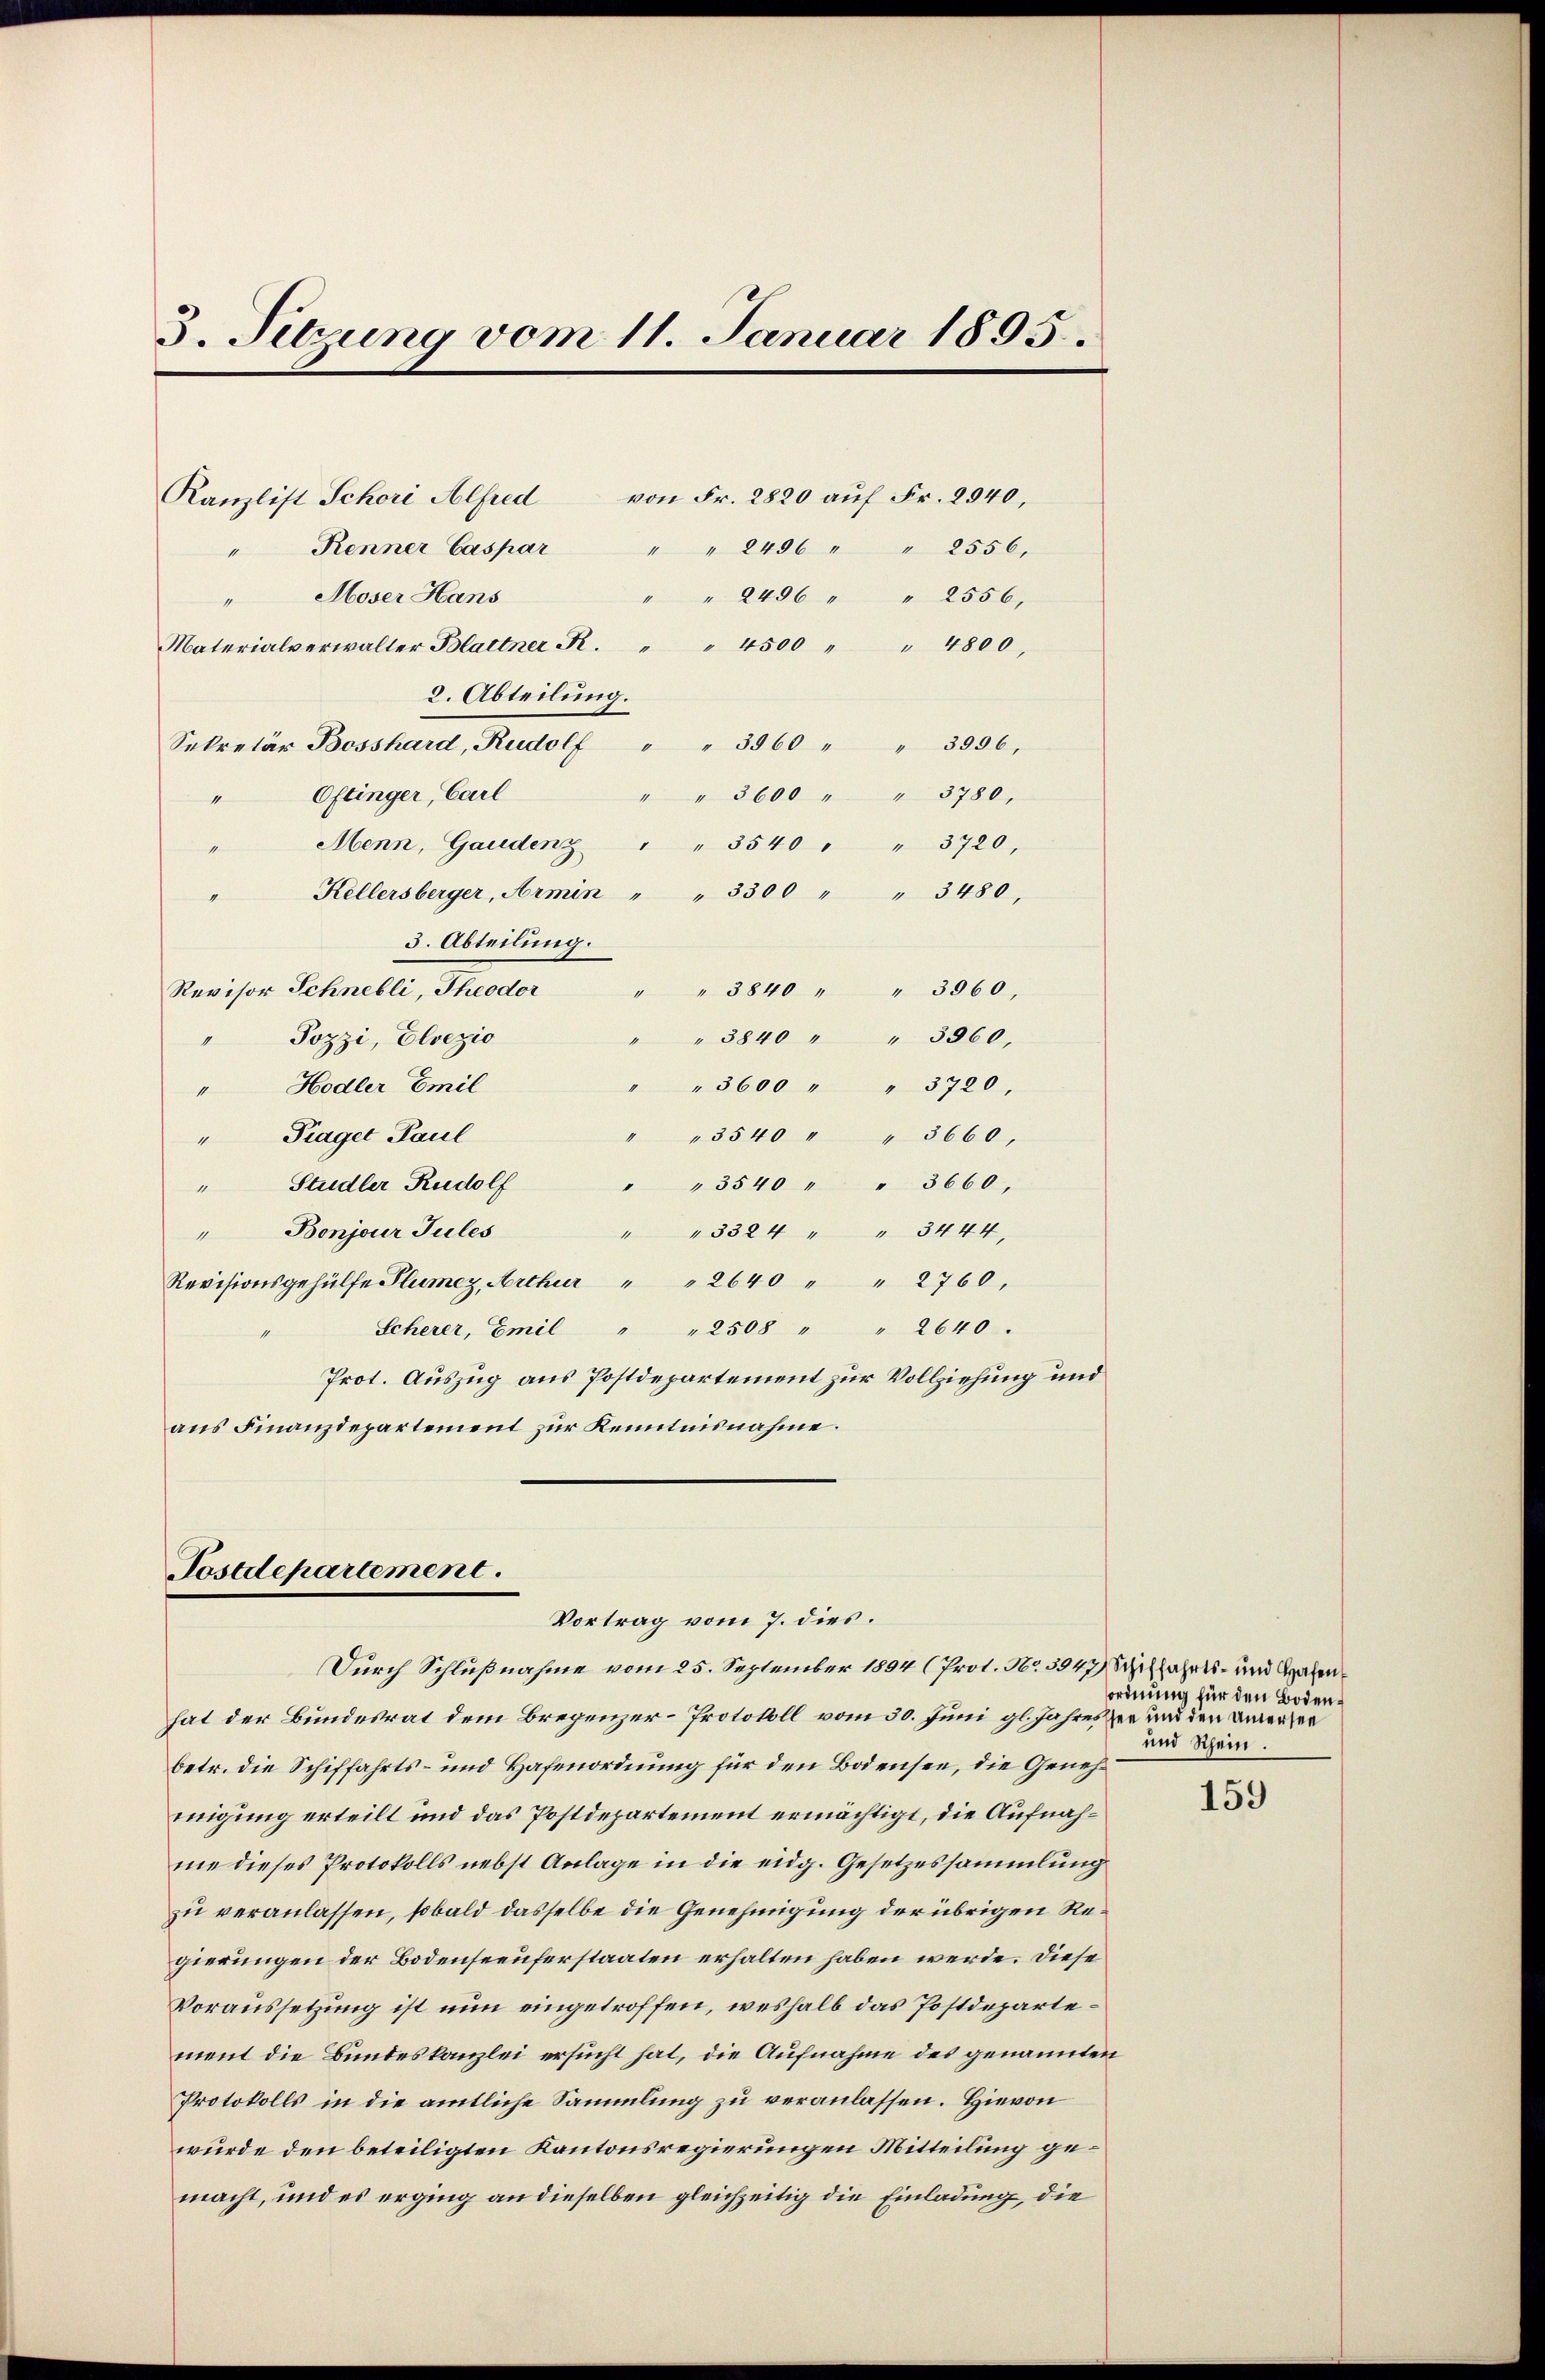
3. Sitzung vom 11. Januar 1895.

Kanzlist Schori Alfred
Renner Caspar
11
Moser Hans
4

Materialverwalter Blattner R. " " 4500 " " 4800,
2. Abteilung.
Sekretär Bosshard, Rudolf " " 3000 " " 3956,
Oftinger, Carl
4
Menn, Gaudenz " " 3540 " " 3720,
10.
Kellersberger, Armin " " 3300 " " 3480,
3. Abteilung.
Revisor Schnelli, Theodor " " 3840 " " 3960.
Pozzi, Elsezio
1
Hodler Emil
11
" Traget Paul
" Studler Rudolf
Bonjour Jules
wieferen
Revisionsgehülfe Plumer, Arthur " " 2640 " " 2760,
Scherer, Emil " " 2508 " " 2640.
Prot. Auszug aus Postdepartement zur Vollziehung und
aus Finanzdepartement zur Kenntnisnahme.

von Fr. 2820 auf Fr. 2940,

Postdepartement.
Vortrag vom 7. dies.

" " 2496 " " 2556.
" " 2496 " " 2556,
" " 3600 " " 3780,
" 3840 " " 3360,
" " 3600 " " 3720,
" " 3540 " " 3660,
" " 3540 " " 3660,
" " 3324 " " 3444,

Durch Schlußnahme vom 25. September 1894 (Prot. No 3947 Schiffahrts- und Grafenhat der Bundesrat dem Bregenzer-Protokoll vom 30. Juni gl. Jahreszer und den anerser
betr. die Schiffahrts- und Hafenordnung für den Bodensee, die Genehmigung erteilt und das Postdepartement ermächtigt, die Aufnahme dieses Protokolls nebst Anlage in die eidg. Gesetzessammlung
zu veranlassen, sobald dasselbe die Genehmigung der übrigen Regierungen der Bodenseeuferstaaten erhalten haben werde. Diese
Voraussetzung ist nun eingetroffen, weshalb das Postdepartement die Bundeskanzlei ersucht hat, die Aufnahme des genannten
Protokolls in die amtliche Sammlung zu veranlassen. Hievon
wurde den beteiligten Kantonsregierungen Mitteilung gemacht, und es erging an dieselben gleichzeitig die Einladung, die

ordnung für den Boden¬
und Rhein.

159